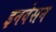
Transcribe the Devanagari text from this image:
इनवेसन